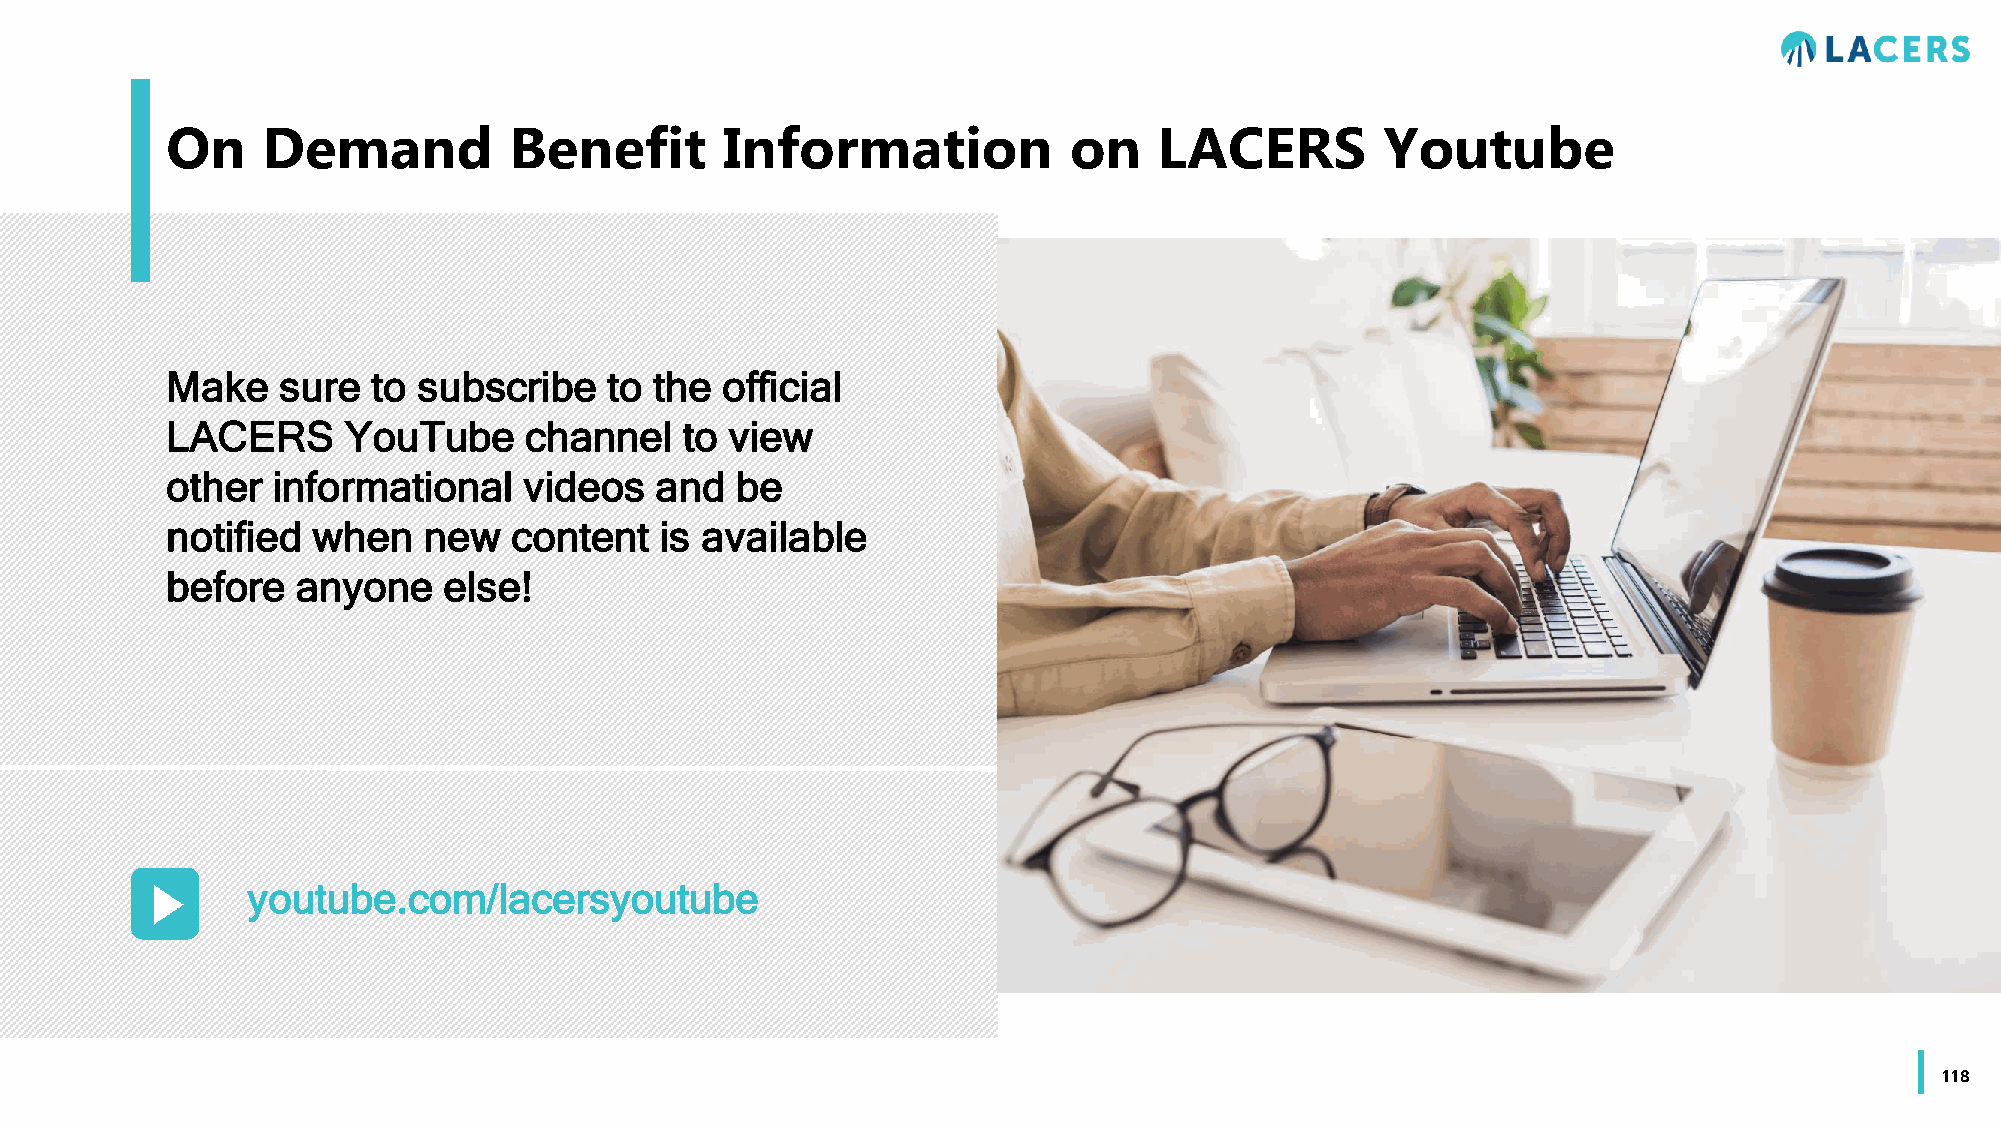
On    Demand           Benefit       Information            on    LACERS         Youtube
 Make   sure   to subscribe   to the  official
 LACERS      YouTube     channel   to view
 other  informational    videos  and   be
 notified  when   new   content   is available
 before   anyone   else!
 youtube.com/lacersyoutube
 118